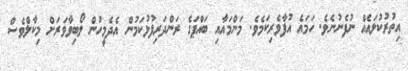
އިތުރުކުލައެއް ނުފެނުނެވެ. ހަމައެ އުފާވެރިކަމެވެ. މަންމައާއި ބައްޕަގެ ރަންދަރިފުޅުކަމުން އެދެމީހުން ލޯބިވާވަރަށް މިކާލްވެސް